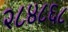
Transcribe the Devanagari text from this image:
२८४८६८